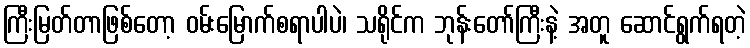
ကြီးမြတ်တာဖြစ်တော့ ဝမ်းမြောက်စရာပါပဲ၊ သရိုင်က ဘုန်းတော်ကြီးနဲ့ အတူ ဆောင်ရွက်ရတဲ့